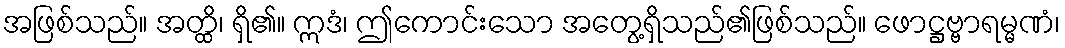
အဖြစ်သည်။ အတ္ထိ၊ ရှိ၏။ ဣဒံ၊ ဤကောင်းသော အတွေ့ရှိသည်၏ဖြစ်သည်။ ဖောဋ္ဌဗ္ဗာရမ္မဏံ၊